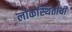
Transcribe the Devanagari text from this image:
लोकस्थितीची